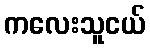
ကလေးသူငယ်